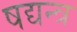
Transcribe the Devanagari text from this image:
षद्यन्त्र